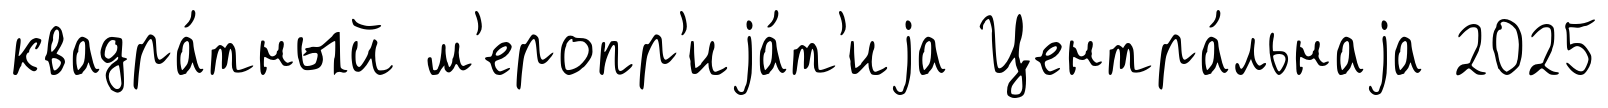
квадра́тный м'еропр'иjа́т'иjа Центра́льнаjа 2025